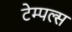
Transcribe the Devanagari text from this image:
टेम्पल्स